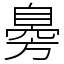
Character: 臱